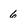
Character: 6